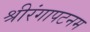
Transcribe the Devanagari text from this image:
श्रीरंगापटनम